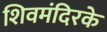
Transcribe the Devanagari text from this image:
शिवमंदिरके